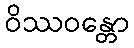
ဝိဿဝန္တော